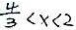
\frac { 4 } { 3 } < x < 2